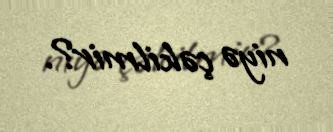
niyə çəkilmir?.